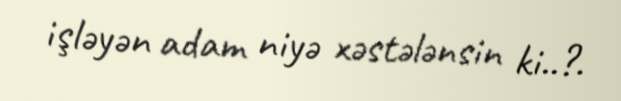
işləyən adam niyə xəstələnsin ki..?.